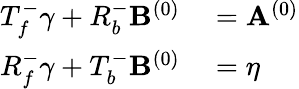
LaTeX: \begin{array}{rl}{T_{f}^{-}\gamma+R_{b}^{-}\mathbf{B}^{(0)}}&{{}=\mathbf{A}^{(0)}}\\ {R_{f}^{-}\gamma+T_{b}^{-}\mathbf{B}^{(0)}}&{{}=\eta}\end{array}